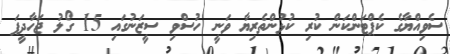
ސެވިއްޔާގެ ކެޕްޓަންކަން ކުރި ކުޅުންތެރިޔާ ވަނީ ހުސްވި ސީޒަނުގައި 15 ގޯލު ޖަހާދީފަ